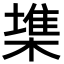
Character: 𣙇